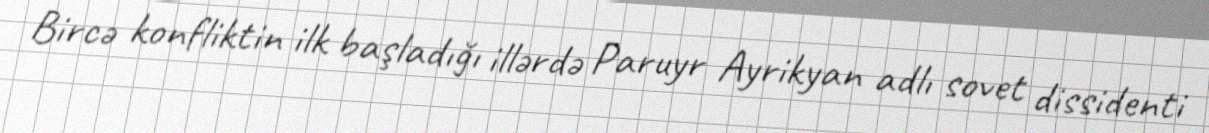
Bircə konfliktin ilk başladığı illərdə Paruyr Ayrikyan adlı sovet dissidenti